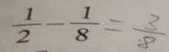
\frac { 1 } { 2 } - \frac { 1 } { 8 } = \frac { 3 } { 8 }